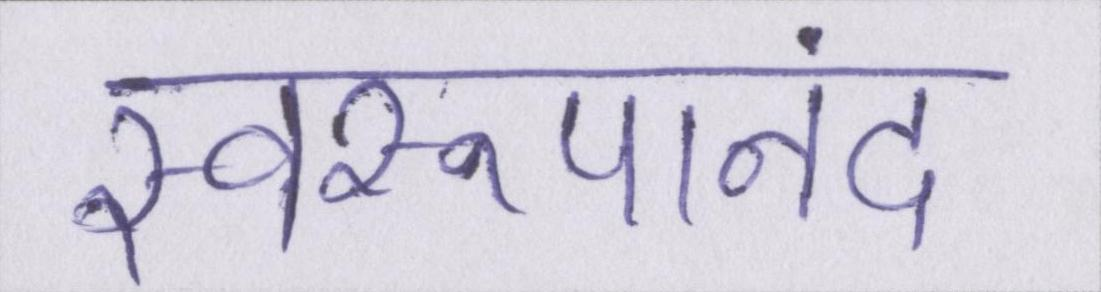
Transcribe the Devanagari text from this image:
स्वरूपानंद